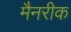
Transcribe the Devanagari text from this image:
मैनरीक